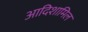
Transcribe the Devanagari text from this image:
आदिशामिल